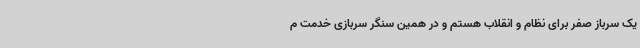
یک سرباز صفر برای نظام و انقلاب هستم و در همین سنگر سربازی خدمت م